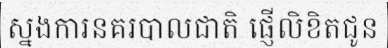
ស្នងការនគរបាលជាតិ ផ្ញើលិខិតជូន